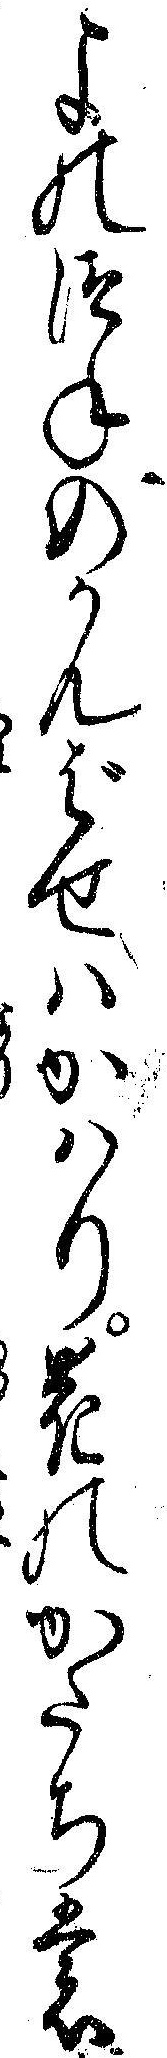
よのつねのかんばせハかハり花のかたちも